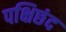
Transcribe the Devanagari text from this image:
पक्षिछंद